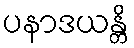
ပနာဒယန္တိ